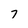
Character: 7